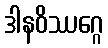
ဒါနဝိဿဂ္ဂေ